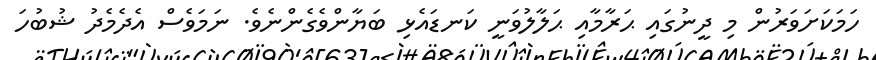
ހަމަކަށަވަރުން މި ދީނުގައި ޙަރާމާއި ޙަލާލުވަނީ ކަނޑައެޅި ބަޔާންވެގެންނެވެ. ނަމަވެސް އެދެމެދު ޝުބުހަ